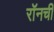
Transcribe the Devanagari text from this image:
रॉनची